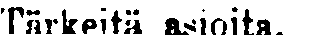
Tärkeitä asioita.